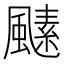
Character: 𩘣